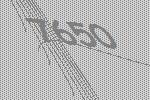
7650